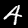
Digit: 4